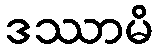
ဒဿာမိ